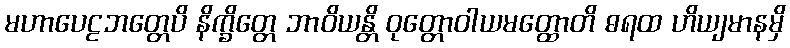
မဟာပေဠဘတ္တေပိ နိက္ခိတ္တေ ဘာဝိယန္တိ ဝုတ္တောဝါယမတ္ထောတိ ဓရထ ဟိယျမာနမှိ